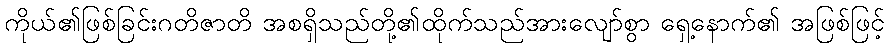
ကိုယ်၏ဖြစ်ခြင်းဂတိဇာတိ အစရှိသည်တို့၏ထိုက်သည်အားလျော်စွာ ရှေ့နောက်၏ အဖြစ်ဖြင့်